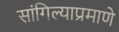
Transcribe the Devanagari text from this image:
सांगिल्याप्रमाणे